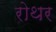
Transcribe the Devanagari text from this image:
रोथर